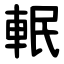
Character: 䡑